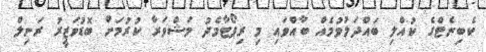
ކެބިނެޓްގެ ކުއްލި ބައްދަލުވުމެއް ބާއްވައި މި ރިޕޯޓާމެދު މަޝްވަރާ ކުރުމަށް ބޮޑުވަޒީރު ރަނިލް